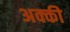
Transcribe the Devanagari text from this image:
अक्की